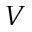
V